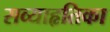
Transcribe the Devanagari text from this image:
सव्याहृतिका